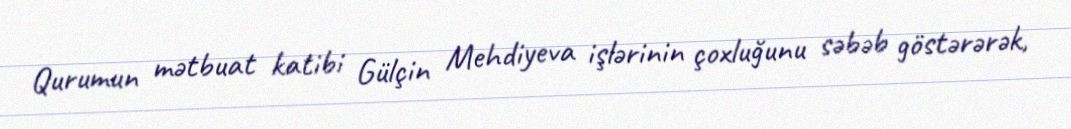
Qurumun mətbuat katibi Gülçin Mehdiyeva işlərinin çoxluğunu səbəb göstərərək,